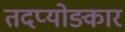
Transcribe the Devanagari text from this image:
तदप्योङ्कार